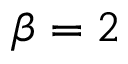
\beta = 2